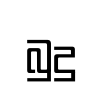
බුදු